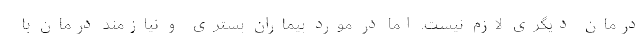
درمان دیگری لازم نیست. اما در مورد بیماران بستری و نیازمند درمان با